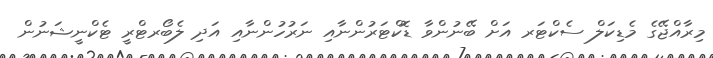
މިރާއްޖޭގެ މެޑިކަލް ސެކްޓަރ އަށް ބޭނުންވާ ޑޮކްޓަރުންނާއި ނަރުހުންނާއި އަދި ލެބޯރޓްރީ ޓެކްނީޝަނުން